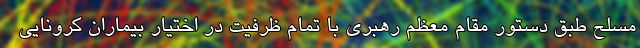
مسلح طبق دستور مقام معظم رهبری با تمام ظرفیت در اختیار بیماران کرونایی